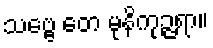
သဗ္ဗေ တေ မုနိကုဉ္ဇရာ။